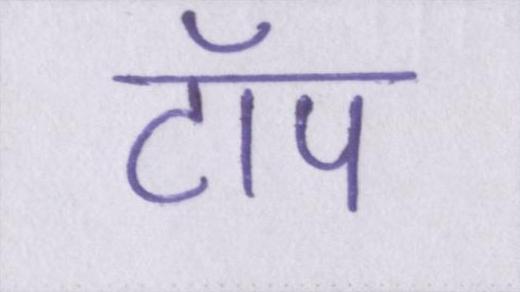
टॉप